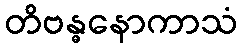
တိဗန္ဓနောကာသံ